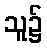
သူ၌